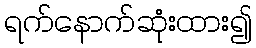
ရက်နောက်ဆုံးထား၍